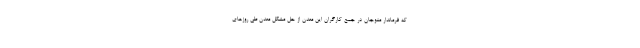
که فرماندار منوجان در جمع کارگران این معدن از حل مشکل معدن طی روزهای